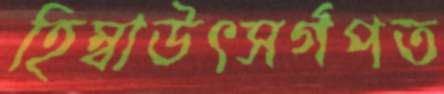
হিম্বাউৎসর্গপত